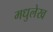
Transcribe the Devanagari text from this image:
मधुलेख